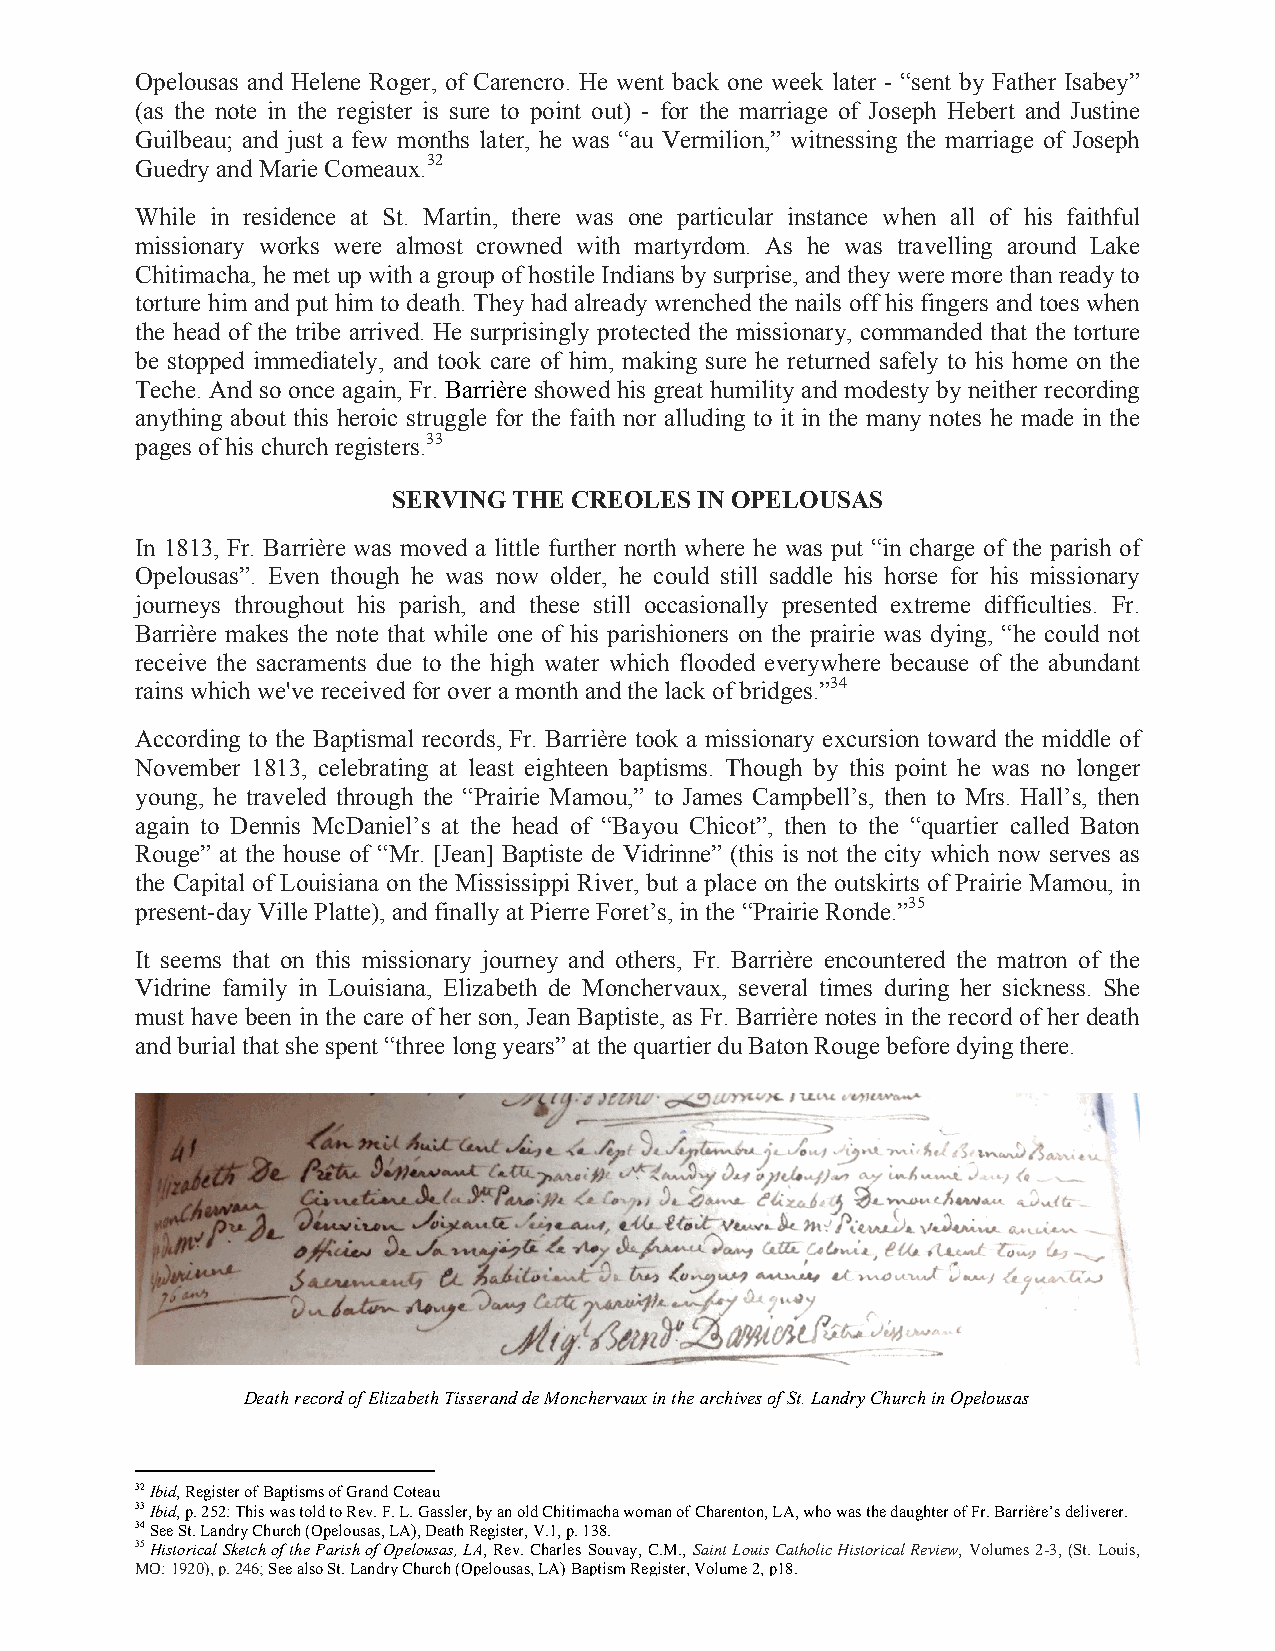
Opelousas and Helene Roger, of Carencro. He went back one week later - “sent by Father Isabey”
 (as the note in the register is sure to point out) - for the marriage of Joseph Hebert and Justine
 Guilbeau; and just a few months later, he was “au Vermilion,” witnessing the marriage of Joseph
 Guedry and Marie Comeaux.32
 While in residence at St. Martin, there was one particular instance when all of his faithful
 missionary works were almost crowned with martyrdom. As he was travelling around Lake
 Chitimacha, he met up with a group of hostile Indians by surprise, and they were more than ready to
 torture him and put him to death. They had already wrenched the nails off his fingers and toes when
 the head of the tribe arrived. He surprisingly protected the missionary, commanded that the torture
 be stopped immediately, and took care of him, making sure he returned safely to his home on the
 Teche. And so once again, Fr. Barrière showed his great humility and modesty by neither recording
 anything about this heroic struggle for the faith nor alluding to it in the many notes he made in the
 pages of his church registers.33
 SERVING THE CREOLES IN OPELOUSAS
 In 1813, Fr. Barrière was moved a little further north where he was put “in charge of the parish of
 Opelousas”. Even though he was now older, he could still saddle his horse for his missionary
 journeys throughout his parish, and these still occasionally presented extreme difficulties. Fr.
 Barrière makes the note that while one of his parishioners on the prairie was dying, “he could not
 receive the sacraments due to the high water which flooded everywhere because of the abundant
 rains which we've received for over a month and the lack of bridges.”34
 According to the Baptismal records, Fr. Barrière took a missionary excursion toward the middle of
 November 1813, celebrating at least eighteen baptisms. Though by this point he was no longer
 young, he traveled through the “Prairie Mamou,” to James Campbell’s, then to Mrs. Hall’s, then
 again to Dennis McDaniel’s at the head of “Bayou Chicot”, then to the “quartier called Baton
 Rouge” at the house of “Mr. [Jean] Baptiste de Vidrinne” (this is not the city which now serves as
 the Capital of Louisiana on the Mississippi River, but a place on the outskirts of Prairie Mamou, in
 present-day Ville Platte), and finally at Pierre Foret’s, in the “Prairie Ronde.”35
 It seems that on this missionary journey and others, Fr. Barrière encountered the matron of the
 Vidrine family in Louisiana, Elizabeth de Monchervaux, several times during her sickness. She
 must have been in the care of her son, Jean Baptiste, as Fr. Barrière notes in the record of her death
 and burial that she spent “three long years” at the quartier du Baton Rouge before dying there.
 Death record of Elizabeth Tisserand de Monchervaux in the archives of St. Landry Church in Opelousas
 32 Ibid, Register of Baptisms of Grand Coteau
 33 Ibid, p. 252: This was told to Rev. F. L. Gassler, by an old Chitimacha woman of Charenton, LA, who was the daughter of Fr. Barrière’s deliverer.
 34 See St. Landry Church (Opelousas, LA), Death Register, V.1, p. 138.
 35 Historical Sketch of the Parish of Opelousas, LA, Rev. Charles Souvay, C.M., Saint Louis Catholic Historical Review, Volumes 2-3, (St. Louis,
 MO: 1920), p. 246; See also St. Landry Church (Opelousas, LA) Baptism Register, Volume 2, p18.